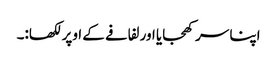
اپنا سر کھجایا اور لفافے کے اوپر لکھا:۔